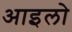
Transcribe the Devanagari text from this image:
आइलो